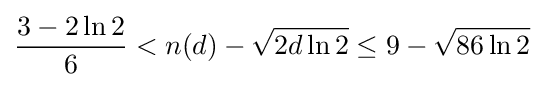
{\frac {3-2\ln 2}{6}}<n(d)-{\sqrt {2d\ln 2}}\leq 9-{\sqrt {86\ln 2}}